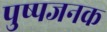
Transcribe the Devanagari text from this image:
पुष्पजनक